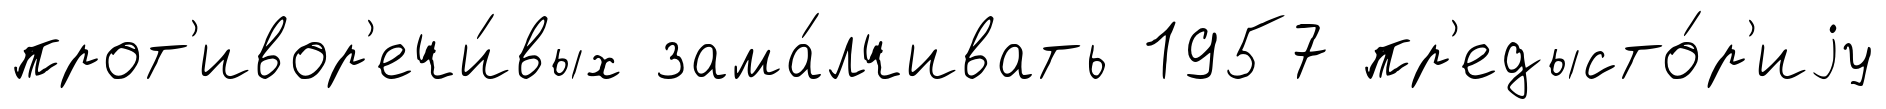
прот'ивор'ечи́вых зама́лчивать 1957 пр'едысто́р'иjу